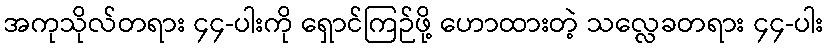
အကုသိုလ်တရား ၄၄-ပါးကို ရှောင်ကြဉ်ဖို့ ဟောထားတဲ့ သလ္လေခတရား ၄၄-ပါး